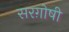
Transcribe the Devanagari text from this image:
सरग़ोषी